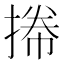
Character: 𢯭